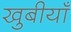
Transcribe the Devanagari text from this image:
खुबीयाँ